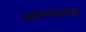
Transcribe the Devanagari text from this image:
स्कंदस्वाती